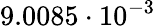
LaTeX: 9.0085\cdot 10^{-3}